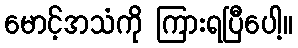
မောင့်အသံကို ကြားရပြီပေါ့။